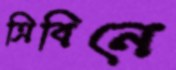
ত্রিবিনে